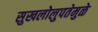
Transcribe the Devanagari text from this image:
सुखलोलुपतेमुळे